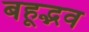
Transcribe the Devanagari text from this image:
बहूद्भव